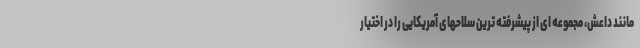
مانند داعش، مجموعه ای از پیشرفته ترین سلاحهای آمریکایی را در اختیار